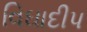
વિઘાદીપ